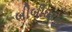
બીબીઘરના